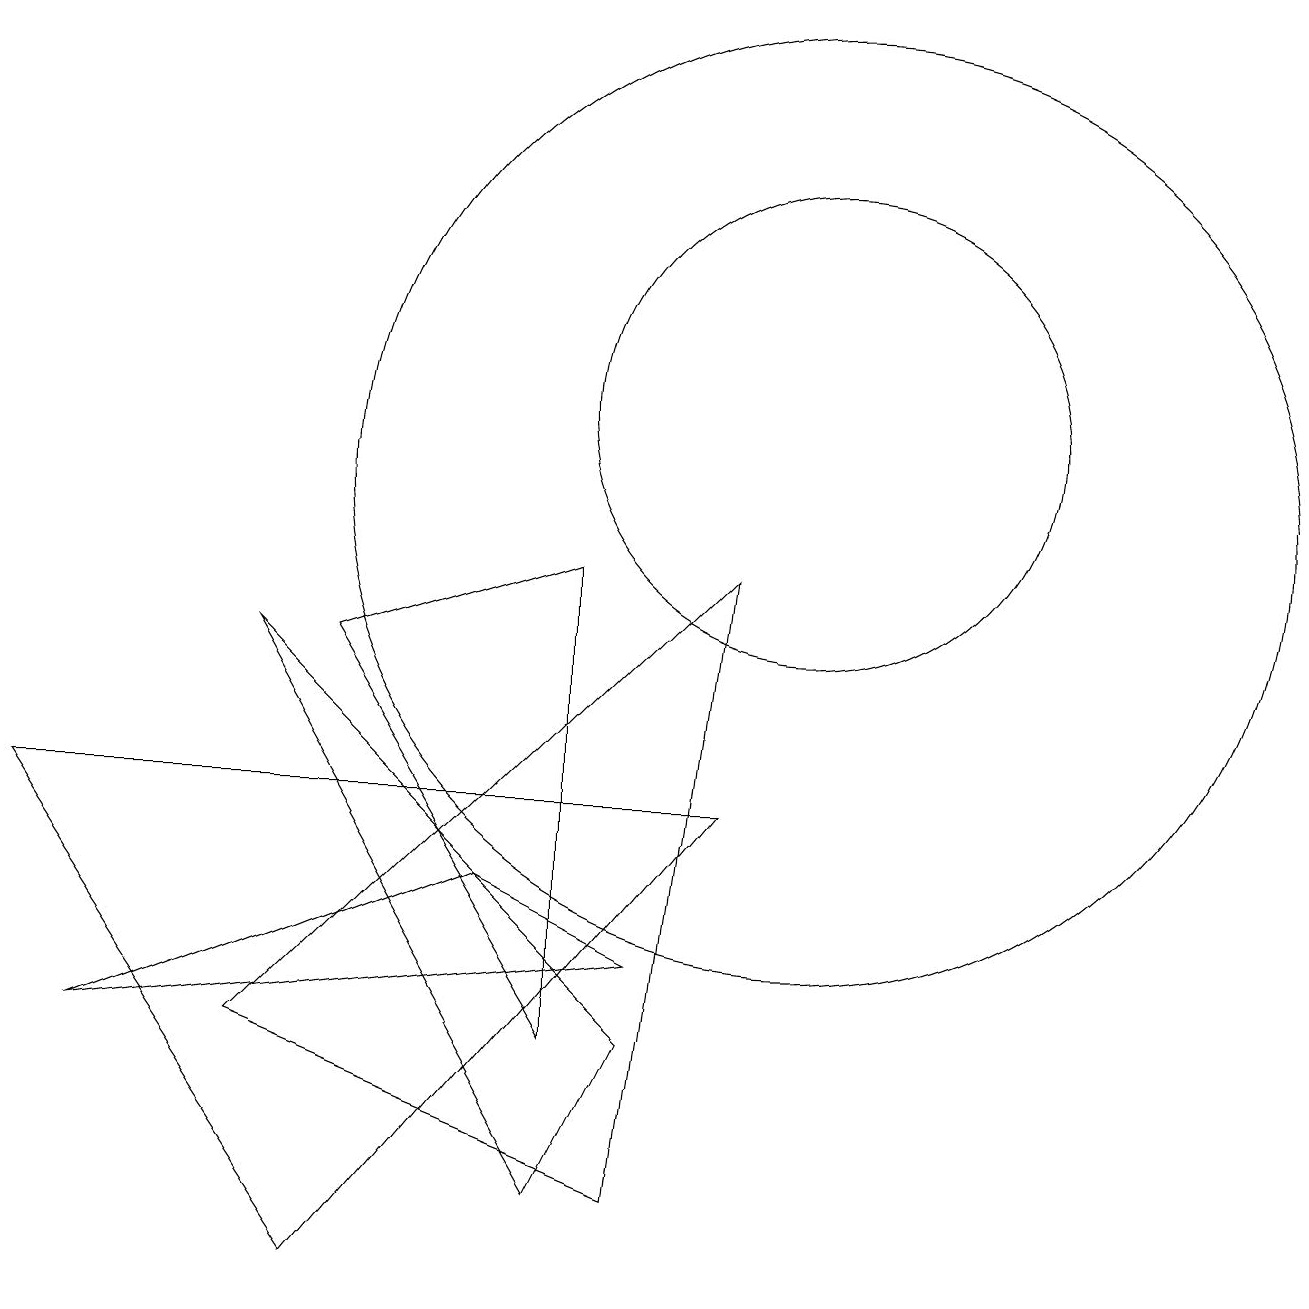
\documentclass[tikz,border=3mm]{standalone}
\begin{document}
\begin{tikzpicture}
\draw (9,9) -- (3,3) -- (8,1) -- cycle;
\draw (3,8) -- (8,3) -- (7,1) -- cycle;
\draw (4,8) -- (7,3) -- (7,9) -- cycle;
\draw (6,5) -- (1,3) -- (8,4) -- cycle;
\draw (10,11) circle (3);
\draw (4,0) -- (9,6) -- (0,6) -- cycle;
\draw (10,10) circle (6);
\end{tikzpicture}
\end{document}